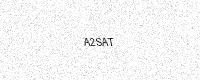
Text: A2SAT